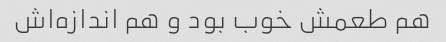
هم طعمش خوب بود و هم اندازه‌اش